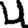
Digit: 4